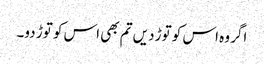
اگر وہ اس کو توڑ دیں تم بھی اس کو توڑ دو۔